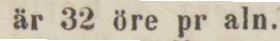
är 32 öre pr aln.